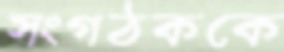
সংগঠককে